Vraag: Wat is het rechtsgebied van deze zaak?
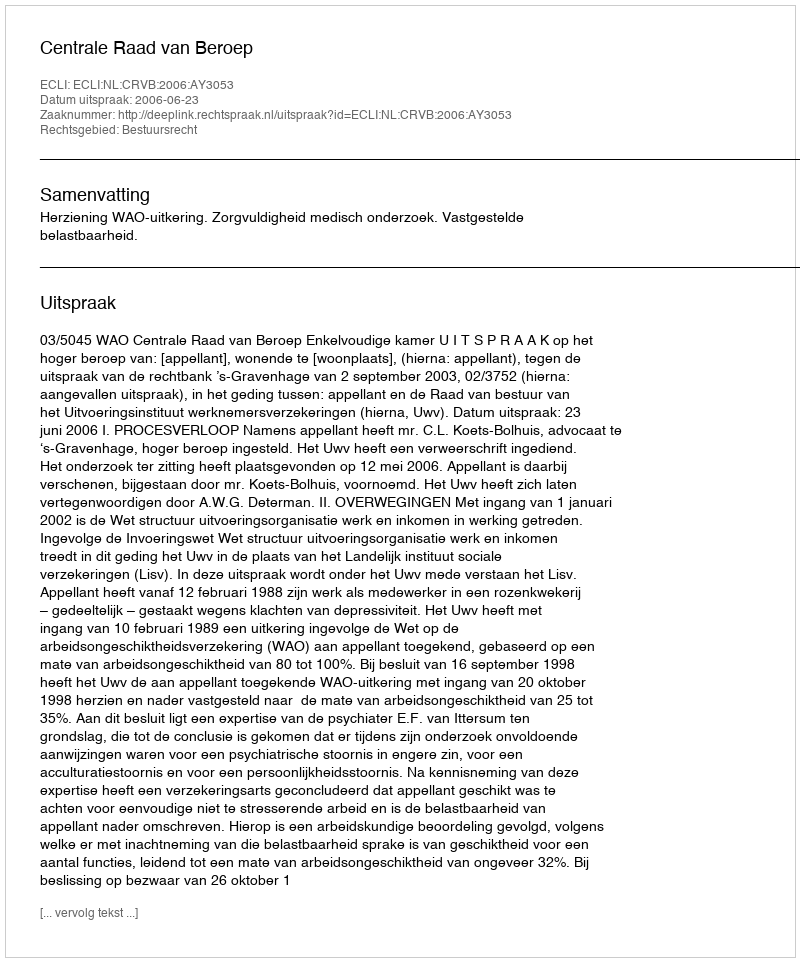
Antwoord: Bestuursrecht